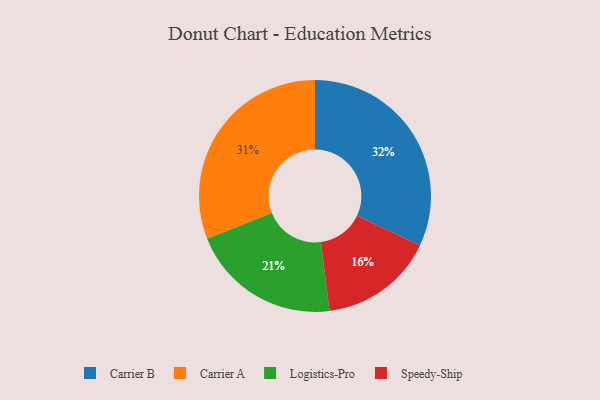
{"axis": {"x": "Category", "y": "Percentage"}, "legend": ["Carrier A", "Carrier B", "Logistics-Pro", "Speedy-Ship"], "data": [{"x": "Logistics-Pro", "y": 21, "type": "Logistics-Pro"}, {"x": "Carrier A", "y": 31, "type": "Carrier A"}, {"x": "Speedy-Ship", "y": 16, "type": "Speedy-Ship"}, {"x": "Carrier B", "y": 32, "type": "Carrier B"}]}